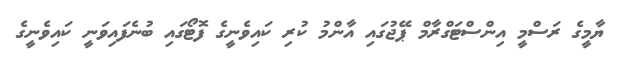
ޔާމީގެ ރަސްމީ އިންސްޓަގްރާމް ޕޭޖުގައި އާންމު ކުރި ކައިވެނީގެ ފޮޓޯގައި ބުނެފައިވަނީ ކައިވެނީގެ